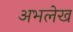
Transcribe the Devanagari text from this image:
अभलेख